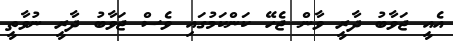
އެއީ ޖަވާބު ދާރީ ވާން ޖެހޭ ކަންކަމުގައި ވެސް ޖަވާބު ދާރީ ނުވާތީ